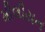
મીલીયન